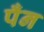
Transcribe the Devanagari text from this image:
पँन